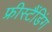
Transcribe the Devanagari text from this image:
फ्रीस्टैंडिंग